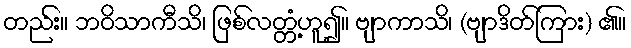
တည်း။ ဘဝိသာကီသိ၊ ဖြစ်လတ္တံ့ဟူ၍။ ဗျာကာသိ၊ (ဗျာဒိတ်ကြား) ၏။